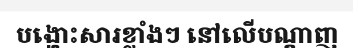
បង្ហោះសារខ្លាំងៗ នៅលើបណ្តាញ